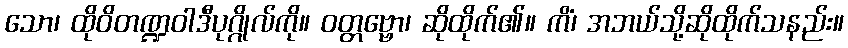
သော၊ ထိုဝိတဏ္ဍဝါဒီပုဂ္ဂိုလ်ကို။ ဝတ္တဗ္ဗော၊ ဆိုထိုက်၏။ ကိံ၊ အဘယ်သို့ဆိုထိုက်သနည်း။